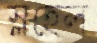
স্লহেল